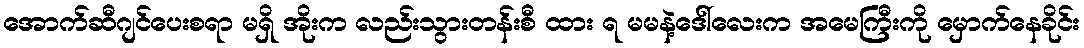
အောက်ဆီဂျင်ပေးစရာ မရှိ အိုးက လည်းသွားတန်းစီ ထား ရ မမနဲ့ဒေါ်လေးက အမေကြီးကို မှောက်နေခိုင်း